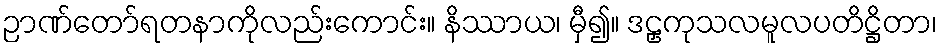
ဉာဏ်တော်ရတနာကိုလည်းကောင်း။ နိဿာယ၊ မှီ၍။ ဒဠှကုသလမူလပတိဋ္ဌိတာ၊